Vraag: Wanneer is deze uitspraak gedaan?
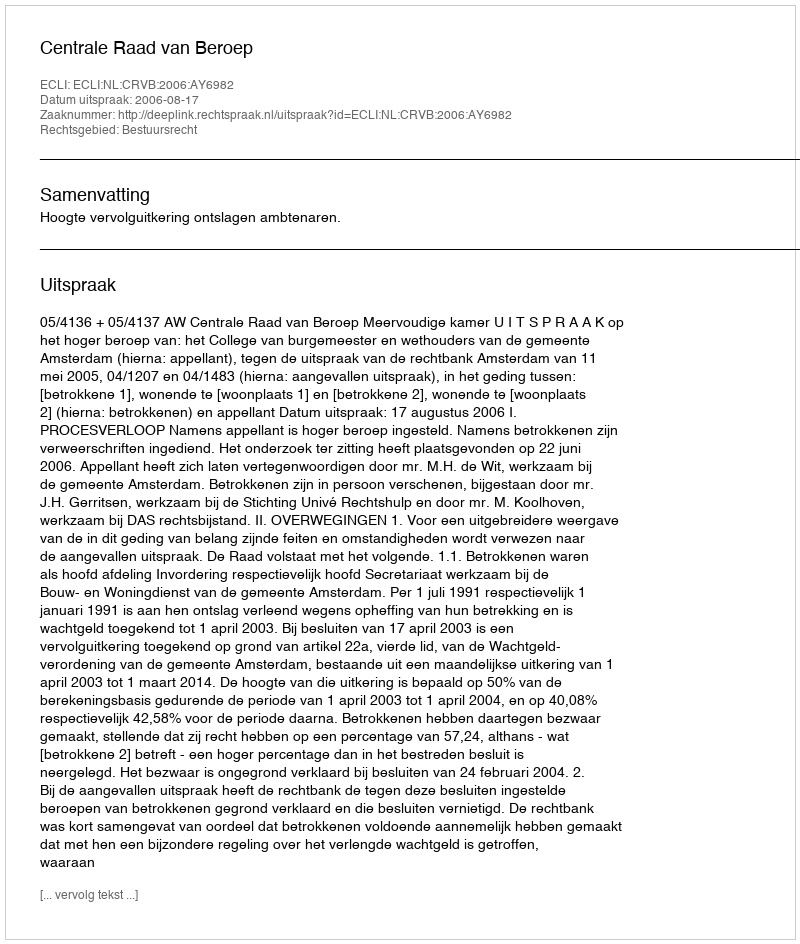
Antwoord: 2006-08-17